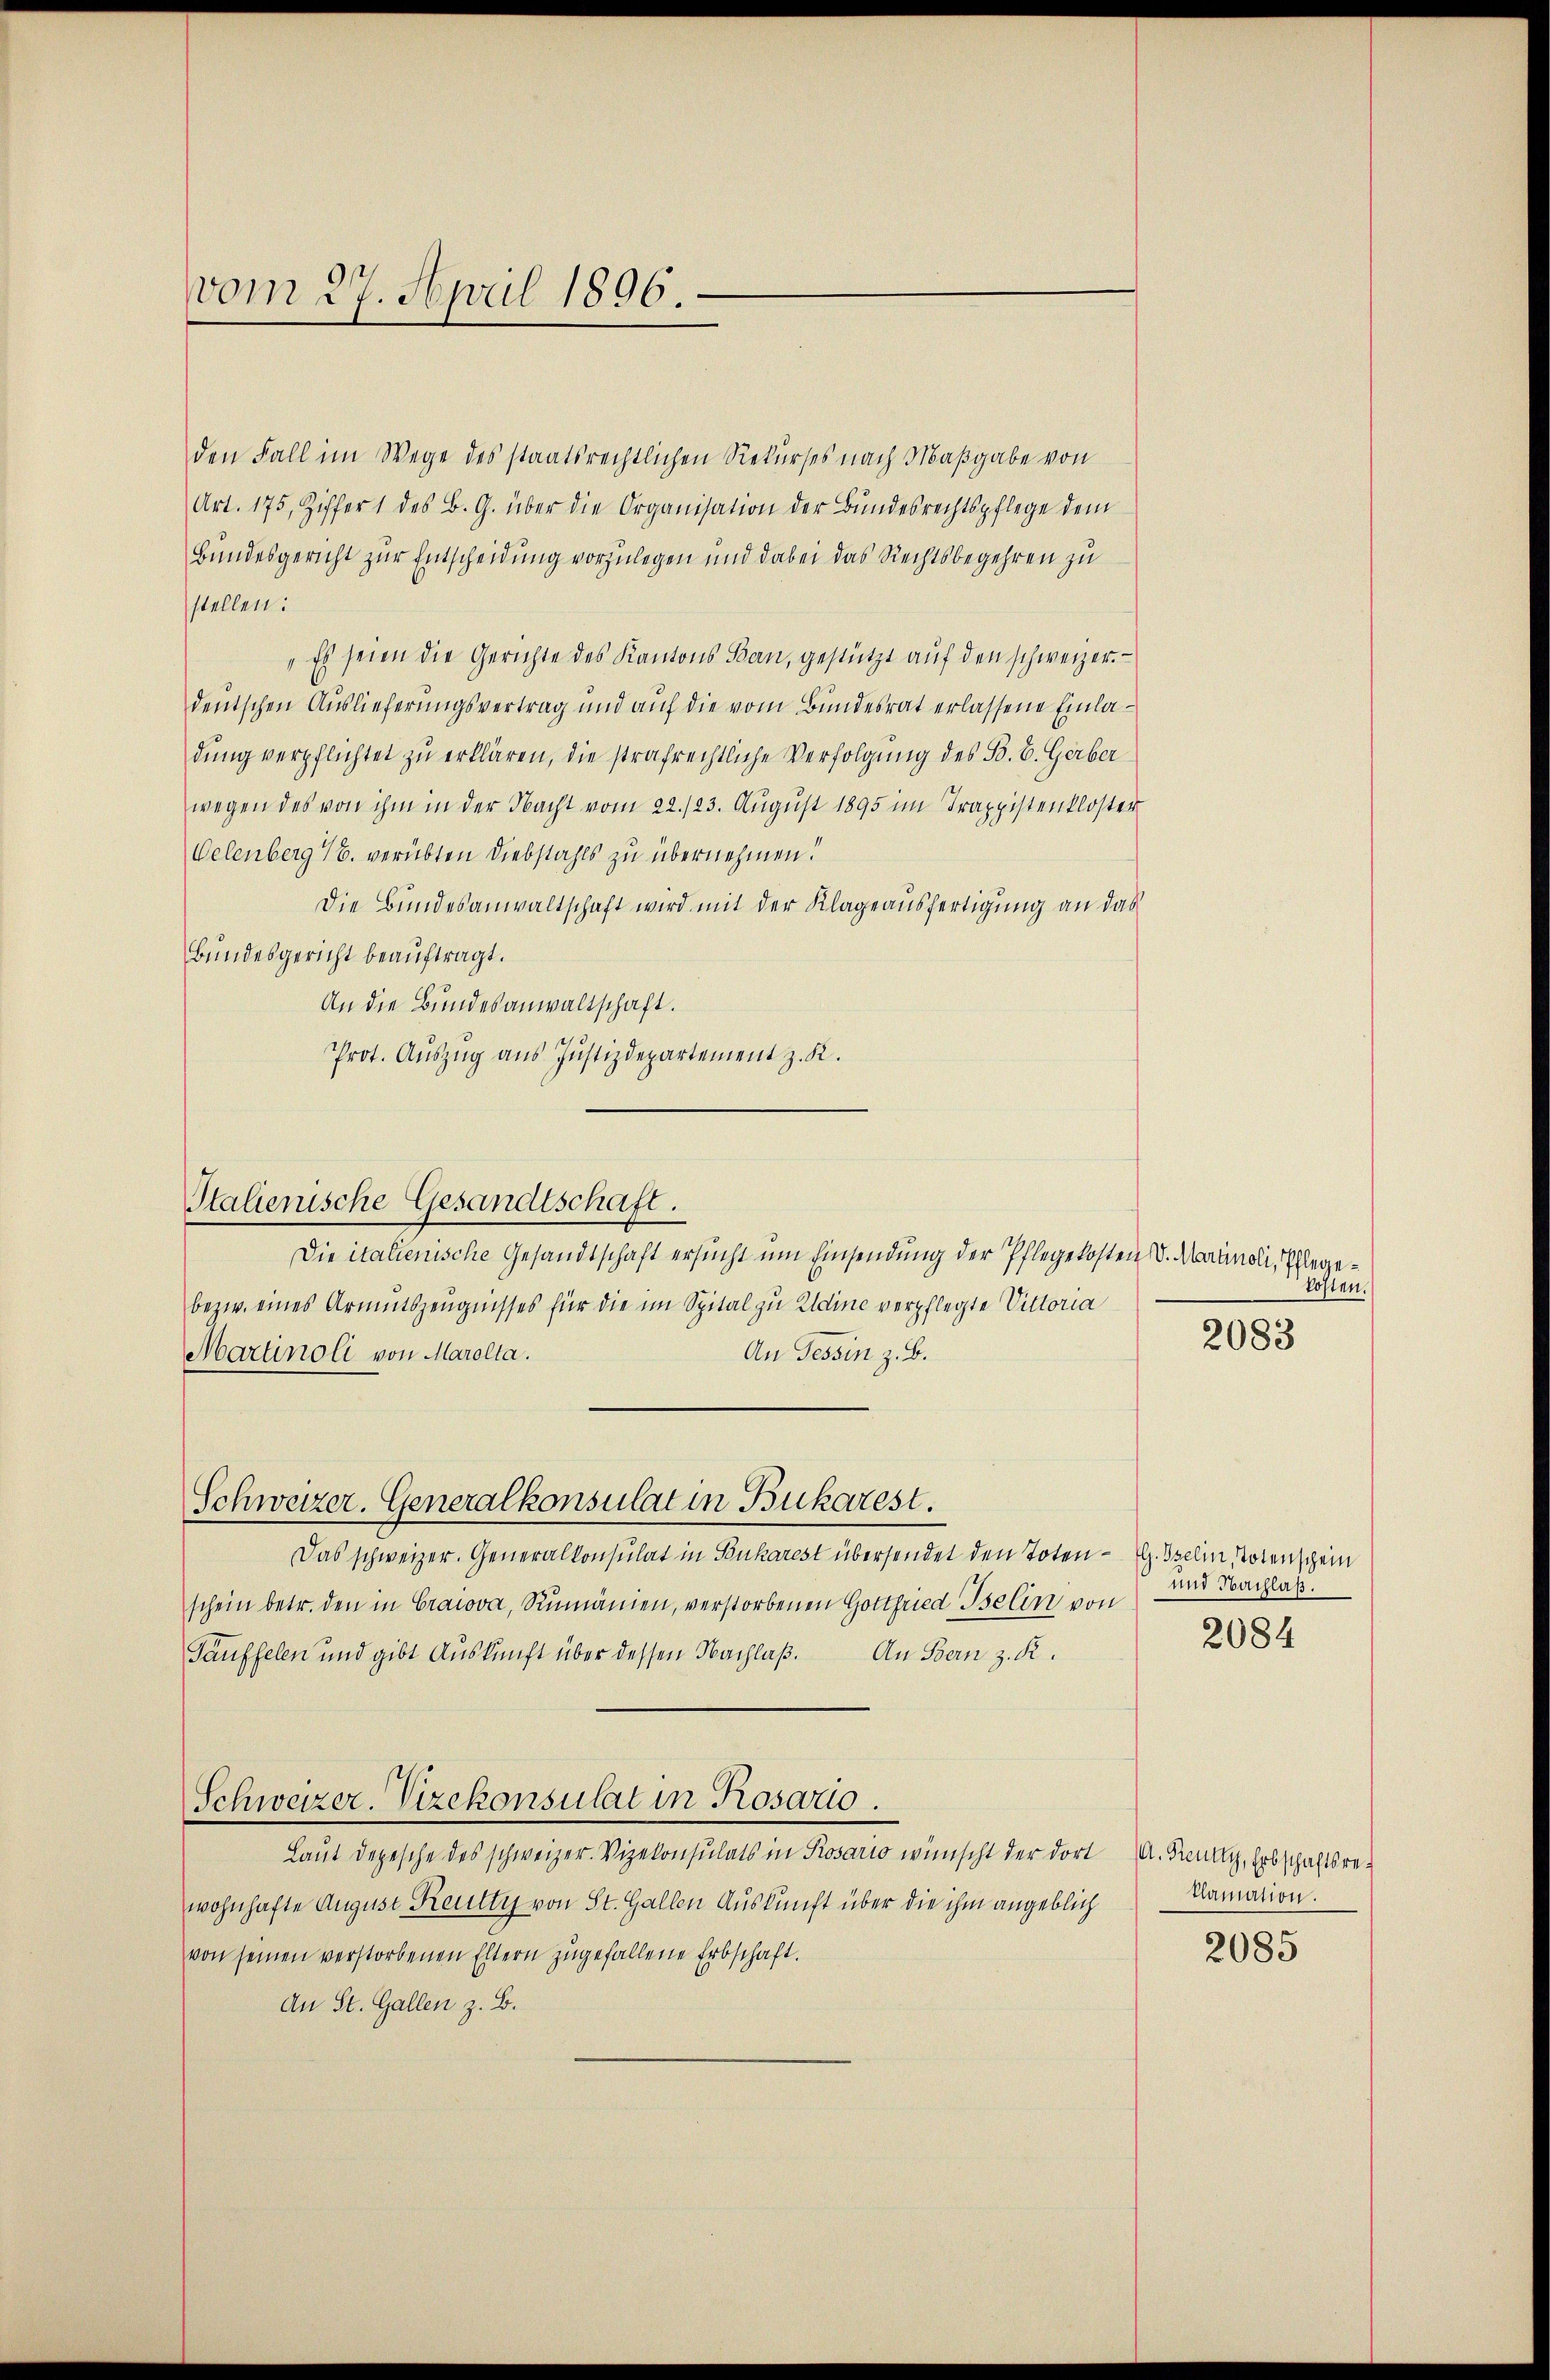
vom 27. April 1896.

den Fall im Wege des staatsrechtlichen Rekurses nach Maßgabe von
Art. 175, Ziffer 1 des B. G. über die Organisation der Bundesrechtspflege dem
Bundesgericht zur Entscheidung vorzulegen und dabei das Rechtsbegehren zu
stellen:
Es seien die Gerichte des Kantons Ban, gestützt aŭf den schweizer.
deutschen Auslieferungsvertrag und auf die vom Bundesrat erlassene Einladung verpflichtet zu erklären, die strafrechtliche Verfolgung des B. E. Gerber
wegen des von ihm in der Nacht vom 22./23. August 1895 im Trappistenkloster
Velenberg 16. verübten Diebstahls zu übernehmen!
Die Bundesanwaltschaft wird mit der Klageausfertigung an das
Bundesgericht beauftragt.
An die Bundesanwaltschaft.
Prot. Aŭszŭg ans Justizdepartement z. K.
Die italienische Gesandtschaft ersucht um Einsendung der Pflegekosten d. Martinoli, Pflege¬
bezw. eines Armutszeugnisses für die im Spital zu Eldine verpflegte Vittoria
An Tessin z. B.
Martinoli von Marolta.
Schweizer. Generalkonsulat in Bukarest.
Das schweizer. Generalkonsulat in Pönkarest übersendet den Toten - G. Szelin, Totenschein
schein betr. den in Cracova, Rumänien, verstorbenen Gottfried Iselin von
Täuffelen und gibt Auskunft über dessen Nachlaß.
An Bern z. R.
Schweizer. Vizekonsulat in Rosario.
Laut Depesche des schweizer. Vizekonsulats in Rosario wünscht der dort A. Kreut, Erbschaftsrewohnhafte August Reutty von St. Gallen Auskunft über die ihm angeblich
von seinen verstorbenen Eltern zugefallene Erbschaft.
An St. Gallen z. B.

Italienische Gesandtschaft.

kosten.

2083

und Nachlaß.
2084

clamation.

2085